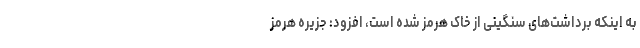
به اینکه برداشت‌های سنگینی از خاک هرمز شده است، افزود: جزیره هرمز